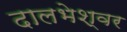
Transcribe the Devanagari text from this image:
दालभेश्वर